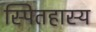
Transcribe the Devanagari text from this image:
स्पितहास्य